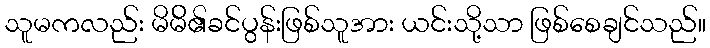
သူမကလည်း မိမ်ိ၏ခင်ပွန်းဖြစ်သူအား ယင်းသို့သာ ဖြစ်စေချင်သည်။